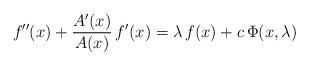
LaTeX: \begin{align*}f''(x)+\frac{A'(x)}{A(x)} \,f'(x)=\lambda\,f(x)+c\,\Phi(x,\lambda)\end{align*}